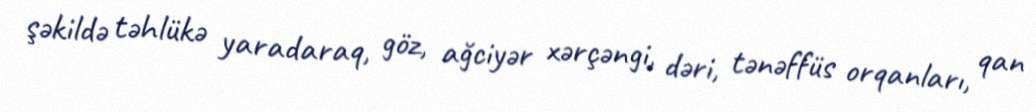
şəkildə təhlükə yaradaraq, göz, ağciyər xərçəngi, dəri, tənəffüs orqanları, qan